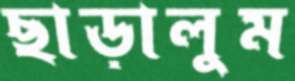
ছাড়ালুম